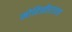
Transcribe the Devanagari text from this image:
मोहिनीराजाचं